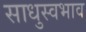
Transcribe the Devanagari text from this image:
साधुस्वभाव